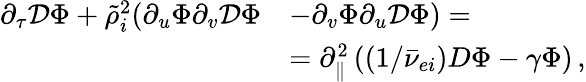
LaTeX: \begin{array}{rl}{\partial_{\tau}\mathcal{D}\Phi+\tilde{\rho}_{i}^{2}(\partial_{u}\Phi\partial_{v}\mathcal{D}\Phi}&{-\partial_{v}\Phi\partial_{u}\mathcal{D}\Phi)=}\\ &{=\partial_{\parallel}^{2}\left((1/\bar{\nu}_{ei})D\Phi-\gamma\Phi\right)\, ,}\end{array}